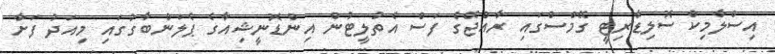
އިސްލާމިކް ސޮލިޑާރިޓީ ގޭމްސްގައި ރާއްޖޭގެ ފަސް އެތުލީޓުން އިންޑޮނީޝިއާގެ ޕެލަންބާގުގައި މިއަދު ފަށާ